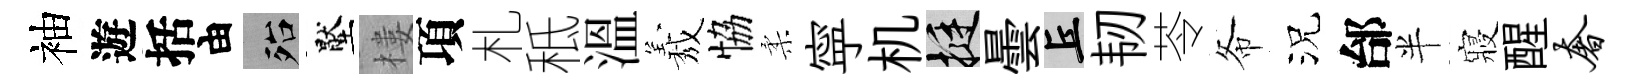
袖遊括由殆壓樓項札秪溫𦏁恊柔寜机挺曇丘韧苓𢁙況邰半寢醒奢